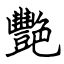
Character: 艷